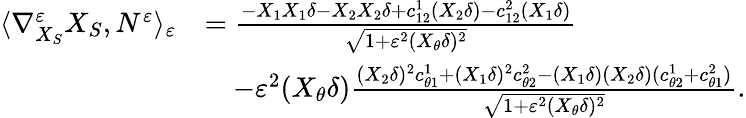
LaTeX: \begin{array}{rl}{\langle\nabla_{X_{S}}^{\varepsilon}X_{S},N^{\varepsilon}\rangle_{\varepsilon}}&{=\frac{-X_{1}X_{1}\delta-X_{2}X_{2}\delta+c_{12}^{1}(X_{2}\delta)-c_{12}^{2}(X_{1}\delta)}{\sqrt{1+\varepsilon^{2}(X_{\theta}\delta)^{2}}}}\\ &{\quad-\varepsilon^{2}(X_{\theta}\delta)\frac{(X_{2}\delta)^{2}c_{\theta 1}^{1}+(X_{1}\delta)^{2}c_{\theta 2}^{2}-(X_{1}\delta)(X_{2}\delta)(c_{\theta 2}^{1}+c_{\theta 1}^{2})}{\sqrt{1+\varepsilon^{2}(X_{\theta}\delta)^{2}}}.}\end{array}